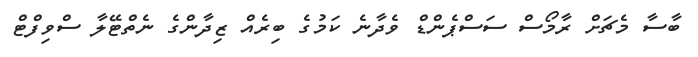
ބާސާ މެޗަށް ރާމޯސް ސަސްޕެންޑް ވެދާނެ ކަމުގެ ބިރެއް ޒިދާންގެ ނެތްޓޭލާ ސްވިފްޓް